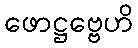
ဖောဋ္ဌဗ္ဗေဟိ